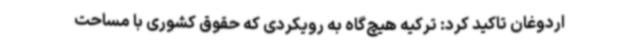
اردوغان تاکید کرد: ترکیه هیچ‌گاه به رویکردی که حقوق کشوری با مساحت